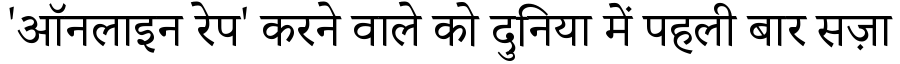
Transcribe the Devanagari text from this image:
'ऑनलाइन रेप' करने वाले को दुनिया में पहली बार सज़ा